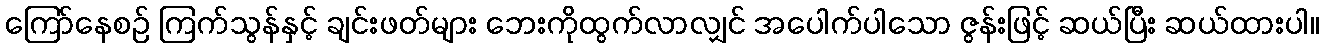
ကြော်နေစဉ် ကြက်သွန်နှင့် ချင်းဖတ်များ ဘေးကိုထွက်လာလျှင် အပေါက်ပါသော ဇွန်းဖြင့် ဆယ်ပြီး ဆယ်ထားပါ။